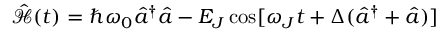
\hat { \mathcal { H } } ( t ) = \hbar \omega _ { 0 } \hat { a } ^ { \dagger } \hat { a } - E _ { J } \cos [ \omega _ { J } t + \Delta ( \hat { a } ^ { \dagger } + \hat { a } ) ]